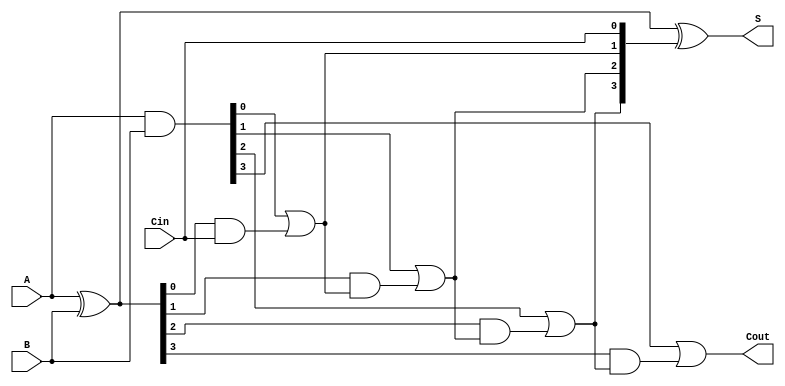
module CILA (
    input [3:0] A,      // 4-bit input A
    input [3:0] B,      // 4-bit input B
    input Cin,          // Carry-in
    output [3:0] S,     // 4-bit sum output
    output Cout         // Carry-out
);

    wire [3:0] G;       // Generate signals
    wire [3:0] P;       // Propagate signals
    wire [4:0] C;       // Carry signals

    // Generate and Propagate calculations
    assign G = A & B;               // G[i] = A[i] & B[i]
    assign P = A ^ B;               // P[i] = A[i] ^ B[i]

    // Carry Lookahead Logic
    assign C[0] = Cin;              // C[0] = Cin
    assign C[1] = G[0] | (P[0] & C[0]); // C[1] = G[0] + (P[0] * C[0])
    assign C[2] = G[1] | (P[1] & C[1]); // C[2] = G[1] + (P[1] * C[1])
    assign C[3] = G[2] | (P[2] & C[2]); // C[3] = G[2] + (P[2] * C[2])
    assign C[4] = G[3] | (P[3] & C[3]); // C[4] = G[3] + (P[3] * C[3])

    // Sum calculation
    assign S = P ^ C[3:0];          // S[i] = P[i] ^ C[i]

    // Carry-out
    assign Cout = C[4];             // Cout = C[4]

endmodule